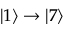
| 1 \rangle \rightarrow | 7 \rangle